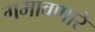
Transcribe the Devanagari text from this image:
गमावणारे